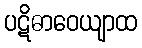
ပဋိဓာဝေယျာထ